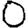
Digit: 0